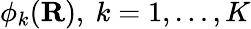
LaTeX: \phi_{k}(\mathbf{R}),\ k=1,\ldots,K